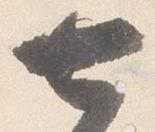
七